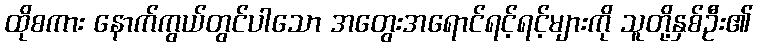
ထိုစကား နောက်ကွယ်တွင်ပါသော အတွေးအရောင်ရင့်ရင့်များကို သူတို့နှစ်ဦး၏